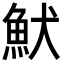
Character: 𩵥